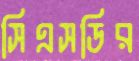
সিএসডির